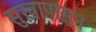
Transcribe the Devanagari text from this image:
सुखापासून